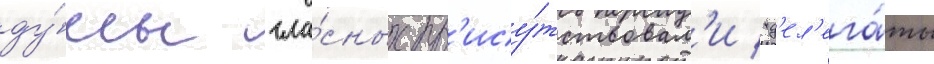
ду́мы гла́сных пр'ису́тствовал'и "д'ел'ега́ты